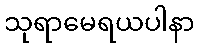
သုရာမေရယပါနာ